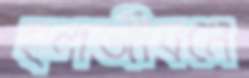
হলজীবনে